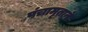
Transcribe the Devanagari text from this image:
पंचामृतानें